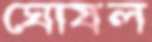
ঘোষল